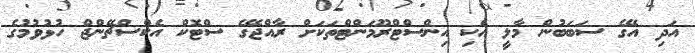
އަދި އޭގެ ސަބަބުން މާލީ އެކި އިންސްޓްރޫމަންޓްތަކަށް ރާއްޖޭގެ ސްޓޮކް އެކްސްޗޭންޖް ހުޅުވުމުގެ